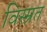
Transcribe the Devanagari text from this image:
विस्म्रत